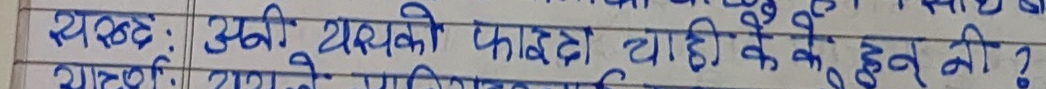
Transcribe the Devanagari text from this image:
स्पष्ट: अभी यस्यको फाइदा चाहियो के के हुन् नि ?